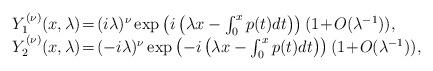
LaTeX: \begin{align*}\begin{array}{l}Y_1^{(\nu)}(x,\lambda)\!=\!(i\lambda)^{\nu}\exp\left(i\left(\lambda x-\int_0^xp(t)dt\right)\right)(1\!+\!O(\lambda^{-1})),\\Y_2^{(\nu)}(x,\lambda)\!=\!(-i\lambda)^{\nu}\exp\left(-i\left(\lambda x-\int_0^xp(t)dt\right)\right)(1\!+\!O(\lambda^{-1})),\end{array}\end{align*}